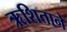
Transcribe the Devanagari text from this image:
ऋशिताने